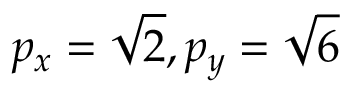
p _ { x } = \sqrt { 2 } , p _ { y } = \sqrt { 6 }